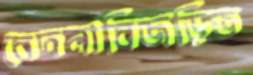
বেদনাবিজড়িত